Civil Veterinary Dept. Bombay admin report 1900-1906 - 1900-1906
Year: 1900
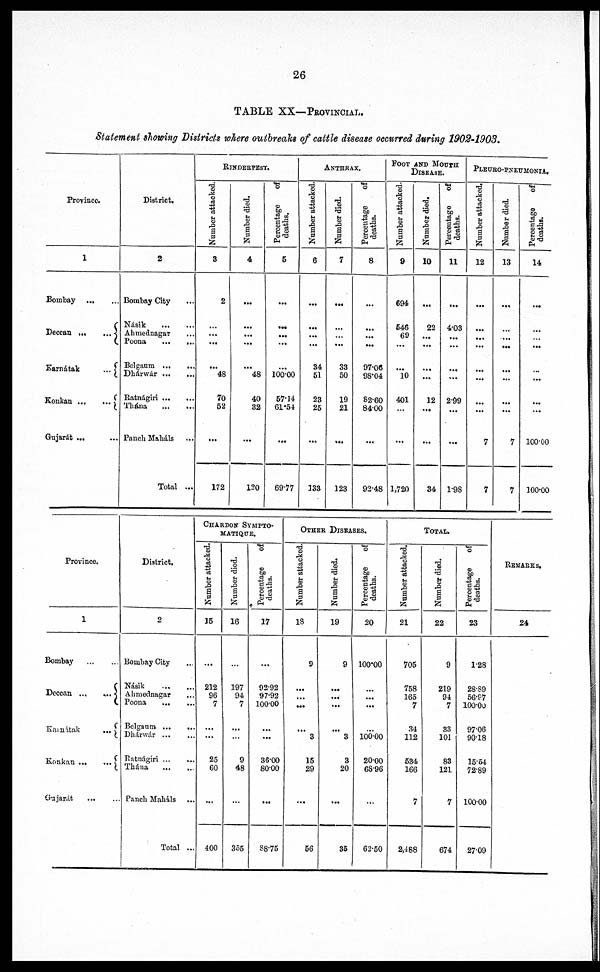
26
TABLE XX—PROVINCIAL.
Statement showing Districts where outbreaks of cattle disease occurred during 1902-1903.
Province.
1
Bombay
Deccan … …
Karnátak
...
Gujarát ... …
District.
2
Bombay City
Násik … …
Ahmednagar
...
Poona … …
Belgaum … …
Dhárwár … …
Ratnágiri … …
Thána … …
Panch Maháls …
Total ...
RINDERPEST.
Number attacked.
3
2
...
...
… 48
70
52
...
172
Number died.
4
...
...
...
… 48
40
32
...
120
Percentage
of
deaths.
5
...
...
...
...
…
100.00
57.14
61.54
...
69.77
ANTHRAX.
Number attacked.
6
...
...
...
34
51
23
25
...
133
Number died.
7
…
...
33
50
19
21
…
123
Percentage
of
deaths.
8
…
…
...
97.06
98.04
82.60
84.00
...
92.48
FOOT AND MOUTH DISEASE.
Number attacked.
9
694
546
69
...
…
10
401
…
…
1,720
Number died.
10
...
22
...
...
...
12
...
...
34
Percentage
of
deaths.
11
...
4.03
...
...
...
2.99
...
...
19S
PLEURO-PNEUMONIA,
Number attacked.
12
...
...
...
...
...
...
7
7
Number died.
13
...
...
...
…
...
...
7
7
Percentage
of
deaths.
14
...
...
...
...
...
100.00
100.00
Province.
1
Bombay
Deccan ... …
Karnátak
...
Konkan … …
Gujarát
... …
District.
2
Bombay City …
Násik … …
Ahmednagar …
Poona
...
...
Belgaum ...
...
Dhánwár … …
Ratnágiri … …
Thána … …
Panch Maháls …
Total …
CHARBON SYMPTO-
MATIQUE.
Number attacked.
15
...
212
96
7
…
...
25
60
...
400
Number died.
16
…
197
94
7
…
…
9
48
...
355
Percentage
of
deaths.
17
...
92.92
97.92
100.00
…
...
36.00
80.00
...
88.75
OTHER DISEASES.
Number attacked.
18
9
…
…
…
…
3
15
29
...
56
Number died.
19
9
…
...
...
…
3
3
20
...
35
Percentage
of
deaths.
20
100.00
…
...
...
…
100.00
20.00
68.96
…
62.50
TOTAL.
Number attacked.
21
705
758
165
7
34
112
534
166
7
2,488
Number died.
22
9
219
94
7
33
101
83
121
7
674
Percentage
of
deaths.
23
1.28
28.89
56.97
100.00
97.06
90.18
15.54
72.89
100.00
27.09
REMARKS.
24